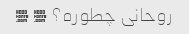
روحانی چطوره؟ � �